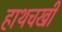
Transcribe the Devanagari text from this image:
हाथचर्खी